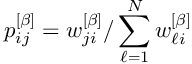
p _ { i j } ^ { \left[ \beta \right] } = w _ { j i } ^ { \left[ \beta \right] } / \sum _ { \ell = 1 } ^ { N } w _ { \ell i } ^ { \left[ \beta \right] }